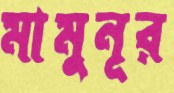
মামুনূর